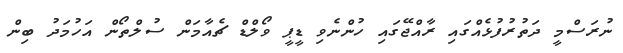
ނުރަސްމީ ދަތުުރުފުޅެއްގައި ރާއްޖޭގައި ހުންނެވި ޑީޕީ ވޯލްޑް ޗެއާމަން ސުލްތޯން އަހުމަދު ބިން